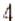
4